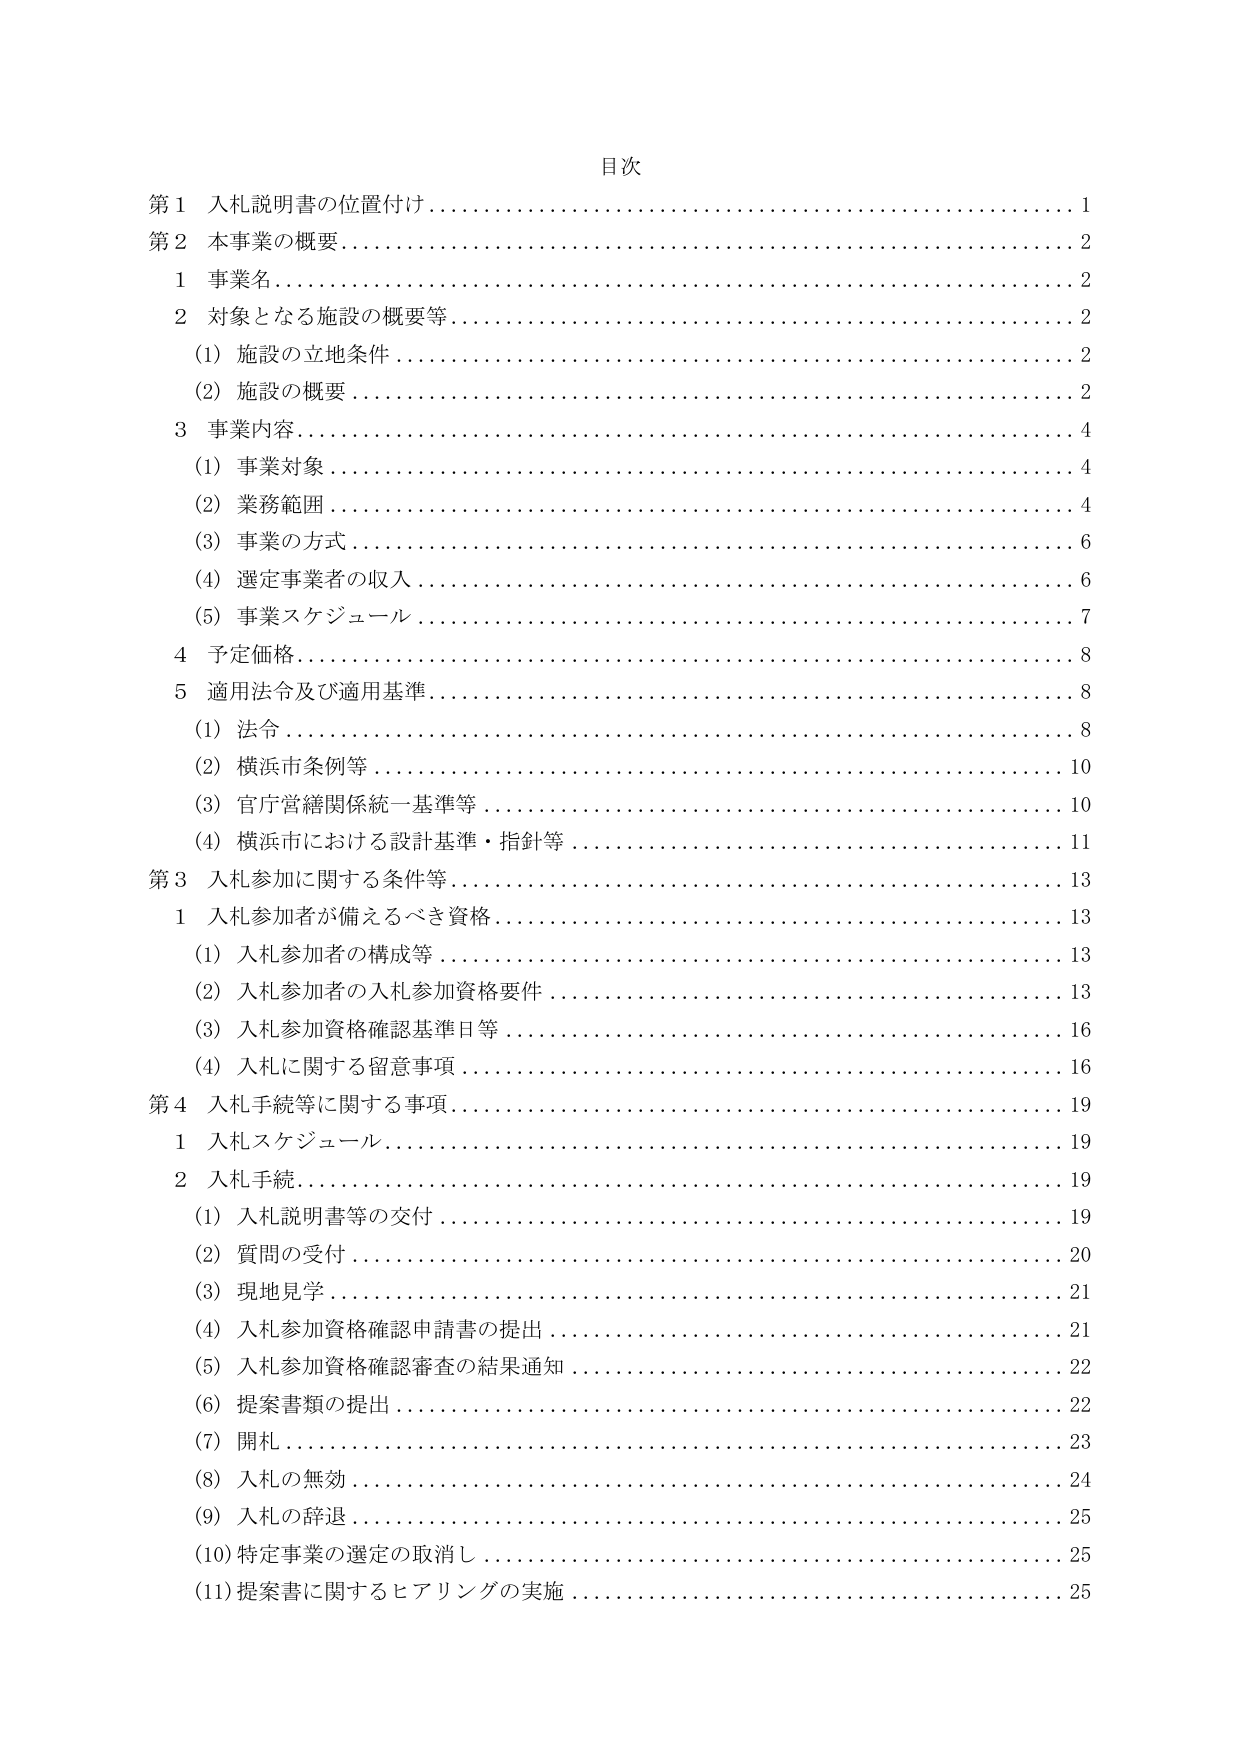
目次
第1 入札説明書の位置付け…………………………………………………1
第2 本事業の概要……………………………………………………………2
　1 事業名……………………………………………………………………2
　2 対象となる施設の概要等………………………………………………2
　　(1) 施設の立地条件………………………………………………………2
　　(2) 施設の概要……………………………………………………………2
　3 事業内容…………………………………………………………………4
　　(1) 事業対象……………………………………………………………4
　　(2) 業務範囲……………………………………………………………4
　　(3) 事業の方式…………………………………………………………6
　　(4) 選定事業者の収入…………………………………………………6
　　(5) 事業スケジュール…………………………………………………7
　4 予定価格…………………………………………………………………8
　5 適用法令及び適用基準…………………………………………………8
　　(1) 法令…………………………………………………………………8
　　(2) 横浜市条例等………………………………………………………10
　　(3) 官庁営繕関係統一基準等………………………………………10
　　(4) 横浜市における設計基準・指針等……………………………11
第3 入札参加に関する条件等……………………………………………13
　1 入札参加者が備えるべき資格………………………………………13
　　(1) 入札参加者の構成等……………………………………………13
　　(2) 入札参加者の入札参加資格要件………………………………13
　　(3) 入札参加資格確認基準日等……………………………………16
　　(4) 入札に関する留意事項…………………………………………16
第4 入札手続等に関する事項……………………………………………19
　1 入札スケジュール……………………………………………………19
　2 入札手続………………………………………………………………19
　　(1) 入札説明書等の交付……………………………………………19
　　(2) 質問の受付………………………………………………………20
　　(3) 現地見学…………………………………………………………21
　　(4) 入札参加資格確認申請書の提出………………………………21
　　(5) 入札参加資格確認審査の結果通知……………………………22
　　(6) 提案書類の提出…………………………………………………22
　　(7) 開札………………………………………………………………23
　　(8) 入札の無効………………………………………………………24
　　(9) 入札の辞退………………………………………………………25
　　(10) 特定事業の選定の取消し………………………………………25
　　(11) 提案書に関するヒアリングの実施……………………………25